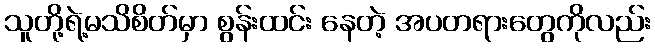
သူတို့ရဲ့မသိစိတ်မှာ စွန်းထင်း နေတဲ့ အပတရားတွေကိုလည်း